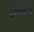
છબરડાઓ